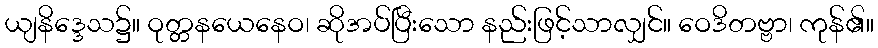
ယျနိဒ္ဒေသ၌။ ဝုတ္တနယေနေဝ၊ ဆိုအပ်ပြီးသော နည်းဖြင့်သာလျှင်။ ဝေဒိတဗ္ဗာ၊ ကုန်၏။